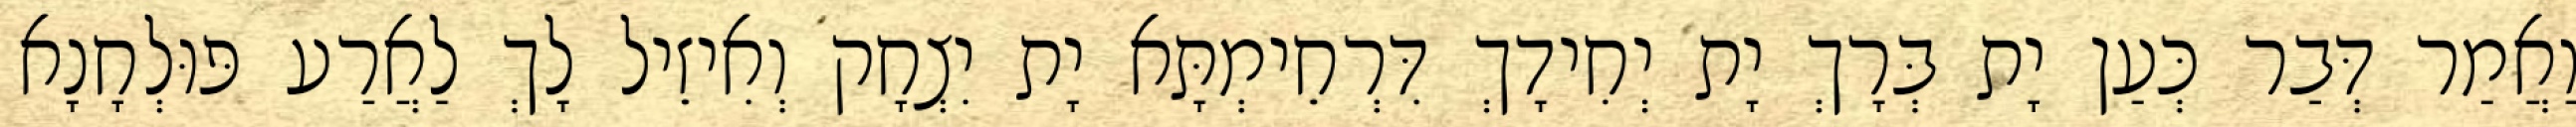
וַאֲמַר דְּבַר כְּעַן יָת בְּרָךְ יָת יְחִידָךְ דִּרְחֵימְתָּא יָת יִצְחָק וְאִיזֵיל לָךְ לַאֲרַע פּוּלְחָנָא